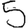
Digit: 5